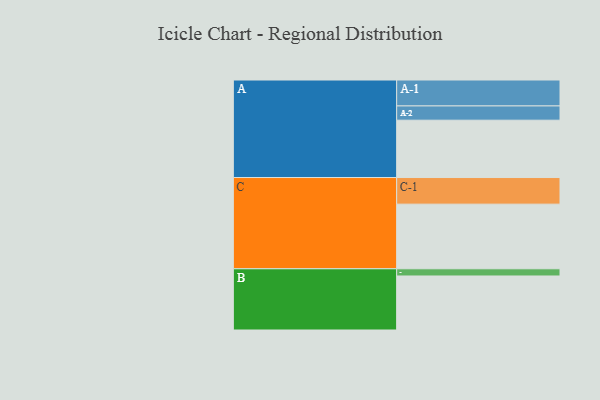
{"axis": {"x": "Segment", "y": "Value"}, "legend": ["", "A", "B", "C"], "data": [{"x": "A", "y": 502, "type": ""}, {"x": "B", "y": 473, "type": ""}, {"x": "C", "y": 566, "type": ""}, {"x": "A-1", "y": 227, "type": "A"}, {"x": "A-2", "y": 125, "type": "A"}, {"x": "B-1", "y": 63, "type": "B"}, {"x": "C-1", "y": 233, "type": "C"}]}